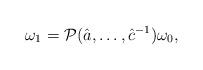
LaTeX: \begin{align*}\omega_{1}={\cal P}(\hat{a},\ldots,\hat{c}^{-1})\omega_{0}, \end{align*}